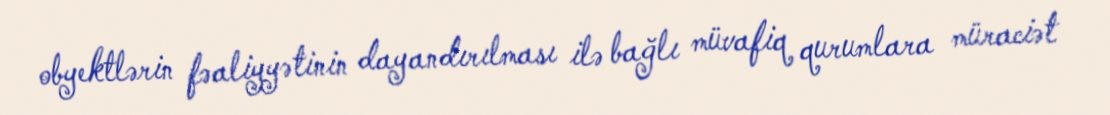
obyektlərin fəaliyyətinin dayandırılması ilə bağlı müvafiq qurumlara müraciət